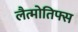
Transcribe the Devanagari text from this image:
लैत्मोतिफ्स